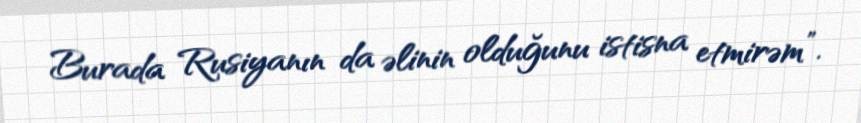
Burada Rusiyanın da əlinin olduğunu istisna etmirəm”.